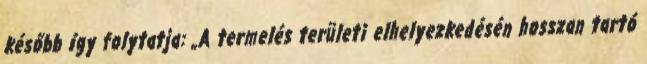
később így folytatja: „A termelés területi elhelyezkedésén hosszan tartó